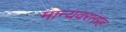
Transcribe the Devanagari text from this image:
मान्यवरांसह